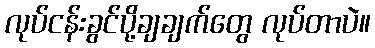
လုပ်ငန်းခွင်ပို့ချချက်တွေ လုပ်တာပဲ။